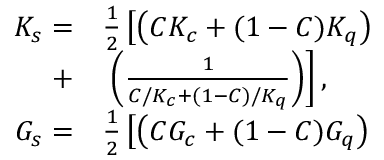
\begin{array} { r l } { K _ { s } = } & { { } \frac { 1 } { 2 } \left[ \left( C K _ { c } + ( 1 - C ) K _ { q } \right) \right. } \\ { + } & { { } \left. \left( \frac { 1 } { C / K _ { c } + ( 1 - C ) / K _ { q } } \right) \right] , } \\ { G _ { s } = } & { { } \frac { 1 } { 2 } \left[ \left( C G _ { c } + ( 1 - C ) G _ { q } \right) \right. } \end{array}